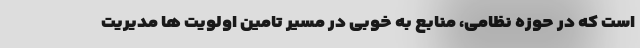
است که در حوزه نظامی، منابع به خوبی در مسیر تامین اولویت ها مدیریت